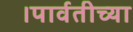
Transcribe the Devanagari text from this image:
।पार्वतीच्या